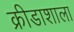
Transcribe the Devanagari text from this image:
क्रीडाशाला